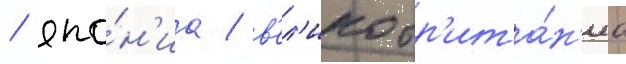
/ япо́н'иа / в'ел'икобр'ита́н'иа